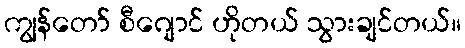
ကျွန်တော် စီဂျောင် ဟိုတယ် သွားချင်တယ်။